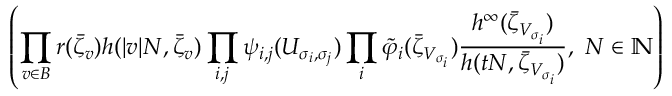
\left( \prod _ { v \in \cal B } r ( \bar { \zeta } _ { v } ) { h ( | v | N , \bar { \zeta } _ { v } ) } \prod _ { i , j } \psi _ { i , j } ( U _ { \sigma _ { i } , \sigma _ { j } } ) \prod _ { i } \tilde { \varphi } _ { i } ( \bar { \zeta } _ { V _ { \sigma _ { i } } } ) { \frac { h ^ { \infty } ( \bar { \zeta } _ { V _ { \sigma _ { i } } } ) } { h ( t N , \bar { \zeta } _ { V _ { \sigma _ { i } } } ) } } , \ N \in \mathbb { N } \right)